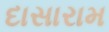
દાસારામ